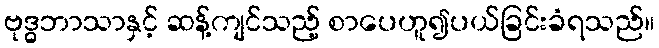
ဗုဒ္ဓဘာသာနှင့် ဆန့်ကျင်သည့် စာပေဟူ၍ပယ်ခြင်းခံရသည်။